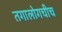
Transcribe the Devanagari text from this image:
तगालोगचीच